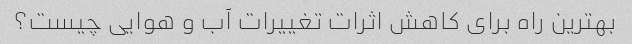
بهترین راه برای کاهش اثرات تغییرات آب و هوایی چیست؟